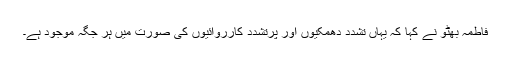
فاطمہ بھٹو نے کہا کہ یہاں تشدد دھمکیوں اور پُرتشدد کارروائیوں کی صورت میں ہر جگہ موجود ہے۔